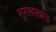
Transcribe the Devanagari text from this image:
शुराबखान